Note on the mental hospitals in Burma - 1925-1940
Year: 1925
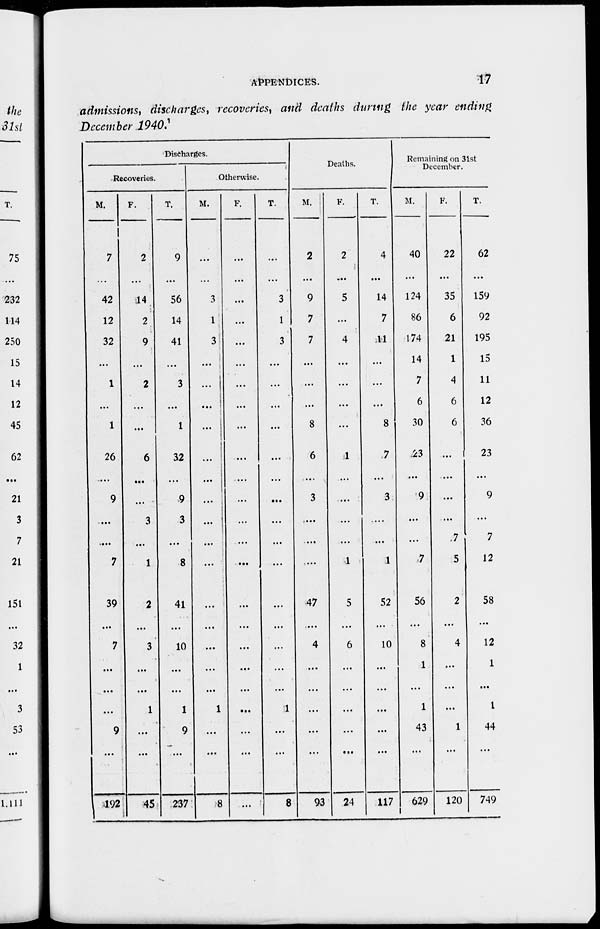
APPENDICES.
17
admissions, discharges, recoveries, and deaths during the year ending
December 1940.
Discharges.
Recoveries.
M.
7
...
42
12
32
...
1
...
1
26
...
9
...
...
7
39
...
7
...
...
....
9
...
192
F.
2
...
14
2
9
...
2
...
...
6
...
...
3
...
1
2
...
3
...
...
1
...
...
45
T.
9
...
56
14
41
...
3
...
1
32
...
9
3
...
8
41
...
10
...
...
1
9
...
237
Otherwise.
M.
...
...
3
1
3
...
...
...
...
...
...
...
...
...
...
...
...
...
...
...
1
...
...
8
F.
...
...
...
...
...
...
...
...
...
...
...
...
...
...
...
...
...
...
...
...
...
...
...
...
T.
...
...
3
1
3
...
...
...
...
...
...
...
...
...
...
...
...
...
...
1
...
...
8
Deaths.
M.
2
...
9
7
7
...
...
...
8
6
...
3
...
...
....
47
...
4
...
...
...
...
...
93
F.
2
...
5
...
4
...
...
...
...
1
...
...
...
...
1
5
...
6
...
...
...
...
...
24
T.
4
...
14
7
11
...
...
...
8
7
...
3
...
...
1
52
...
10
...
...
...
...
...
117
Remaining on 31st
December.
M.
40
...
124
86
174
14
7
6
30
23
...
9
...
...
7
56
...
8
1
...
1
43
...
629
F.
22
...
35
6
21
1
4
6
6
...
...
...
...
7
5
2
...
4
...
...
...
1
...
120
T.
62
...
159
92
195
15
11
12
36
23
...
9
...
7
12
58
...
12
1
...
1
44
...
749